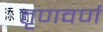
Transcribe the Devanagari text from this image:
तृणवर्ण